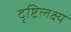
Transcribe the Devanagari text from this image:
दृष्टिलक्ष्य